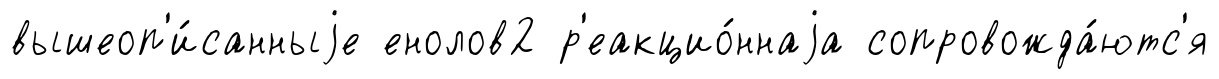
вышеоп'и́санныjе енолов2 р'еакцио́ннаjа сопровожда́ютс'я